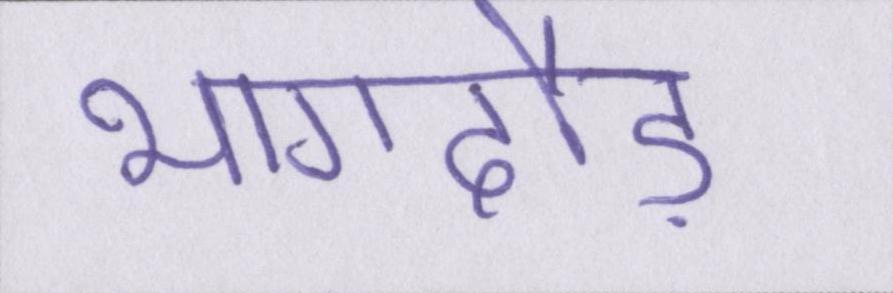
भागदौड़